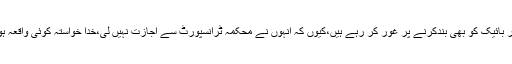
سید اویس قادرشاہ نے کہا کہ کراچی میں بائیکا، اور کریم موٹر بائیک کو بھی بندکرنے پر غور کر رہے ہیں،کیوں کہ انہوں نے محکمہ ٹرانسپورٹ سے اجازت نہیں لی،خدا خواستہ کوئی واقعہ ہوجائے تو اس کا زمہ دار پہر سندھ حکومت کو ٹھرایا جاتا ہے۔